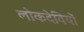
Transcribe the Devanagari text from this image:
लोकदेवियों